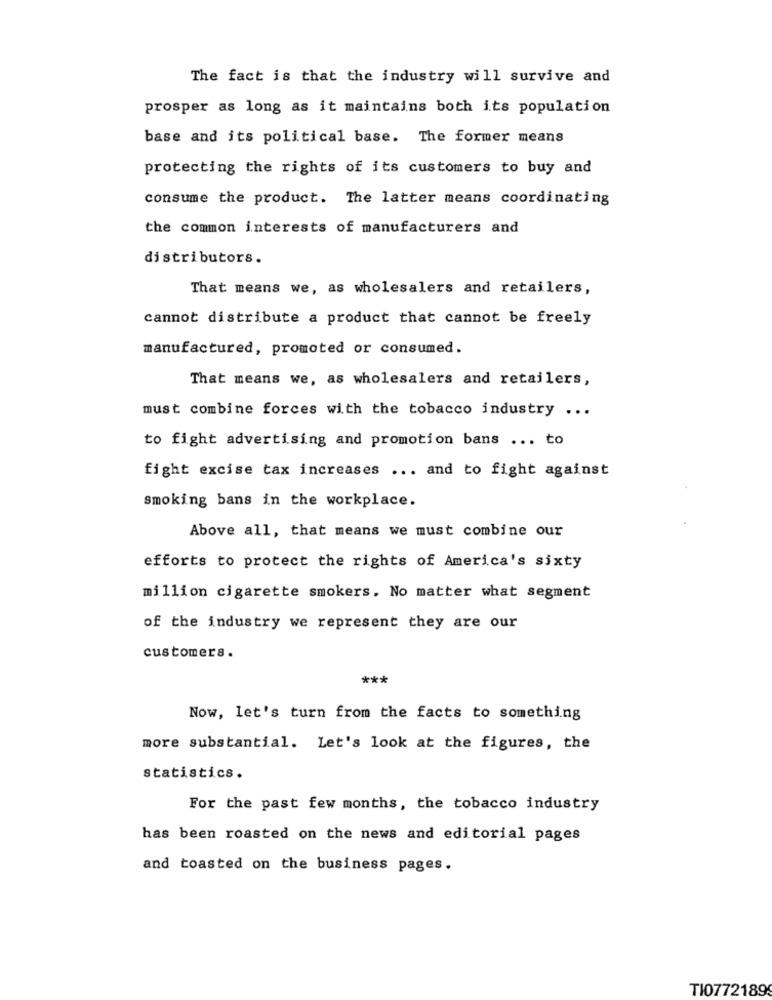
The fact is that the industry will survive and
prosper as long as it maintains both its population
base and its political base. The former means
protecting the rights of its customers to buy and
consume the product. The latter means coordinating
the common interests of manufacturers and
distributors.
That means we, as wholesalers and retailers,
cannot distribute a product that cannot be freely
manufactured, promoted or consumed.
That means we, as wholesalers and retailers,
must combine forces with the tobacco industry ...
to fight advertising and promotion bans ... to
fight excise tax increases ... and to fight against
smoking bans in the workplace.
Above all, that means we must combine our
efforts to protect the rights of America's sixty
million cigarette smokers. No matter what segment
of the industry we represent they are our
customers .
***
Now, let's turn from the facts to something
more substantial. Let's look at the figures, the
statistics.
For the past few months, the tobacco industry
has been roasted on the news and editorial pages
and toasted on the business pages.
TI0772189